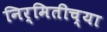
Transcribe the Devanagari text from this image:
निर्मितीच्‍या